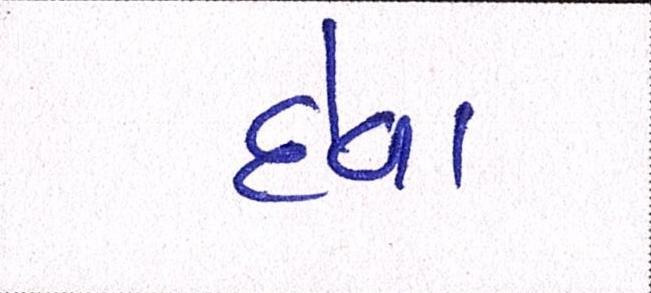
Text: દેવા